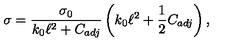
\sigma = \frac { \sigma _ { 0 } } { k _ { 0 } \ell ^ { 2 } + C _ { a d j } } \left( k _ { 0 } \ell ^ { 2 } + \frac { 1 } { 2 } C _ { a d j } \right) ,